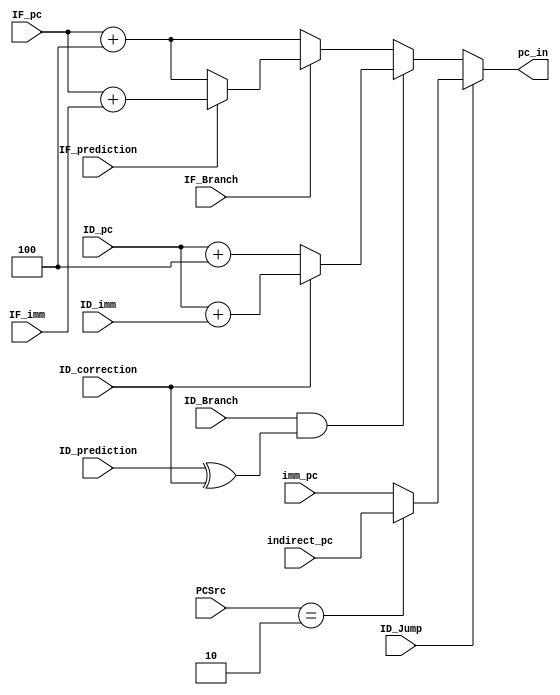
module pc_selector 

	#(parameter WIDTH=32)

	(
		// Control Signals
		input 							ID_Jump,
		input 							ID_Branch,
		input 							IF_Branch,
		input				[1:0]			PCSrc,
		// Control Signals - Dynamic Prediction
		input								ID_prediction,
		input 							ID_correction,
		input 							IF_prediction,
		// Values
		input 			[WIDTH-1:0] ID_pc,
		input 			[WIDTH-1:0]	ID_imm,
		input 			[WIDTH-1:0]	IF_pc,
		input 			[WIDTH-1:0] IF_imm,
		input 			[WIDTH-1:0] imm_pc,
		input 			[WIDTH-1:0] indirect_pc,
		output reg 		[WIDTH-1:0] pc_in
	);
	
	always @(*) begin
		if (ID_Jump) begin
			if (PCSrc == 2'b10)
				pc_in = indirect_pc;
			else
				pc_in = imm_pc;
		end
		else begin
			if (ID_Branch & (ID_prediction^ID_correction)) begin
					if (ID_correction)
						pc_in = ID_pc + ID_imm;
					else
						pc_in = ID_pc + 32'd4;
			end
			else
				if (IF_Branch)
					if (IF_prediction)
						pc_in = IF_pc + IF_imm;
					else
						pc_in = IF_pc + 32'd4;
				else
					pc_in = IF_pc + 32'd4;
		end
	end
	
endmodule